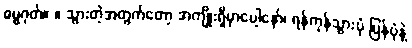
ဓမ္မဂုတ်။ ။ သွားတဲ့အတွက်တော့ အကျိုးရှိမှာပေါ့နော်၊ ရန်ကုန်သွားပုံ ပြန်ပုံနဲ့